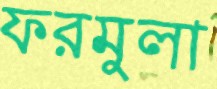
ফরমুলা